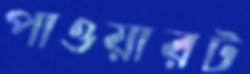
পাওয়ারট